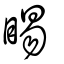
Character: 睗